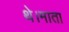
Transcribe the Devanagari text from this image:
थे।माता